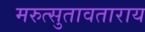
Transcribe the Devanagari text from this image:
मरुत्सुतावताराय